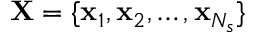
\mathbf X = \{ \mathbf x _ { 1 } , \mathbf x _ { 2 } , \dots , \mathbf x _ { N _ { s } } \}